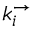
k _ { i } ^ { \rightarrow }